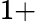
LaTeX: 1+